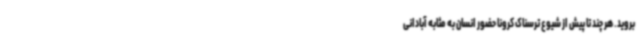
بروید. هر چند تا پیش از شیوع ترسناک کرونا حضور انسان به مثابه آبادانی